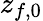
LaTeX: z_{f,0}